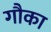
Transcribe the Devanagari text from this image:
गौका